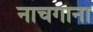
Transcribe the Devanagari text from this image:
नाचगाना